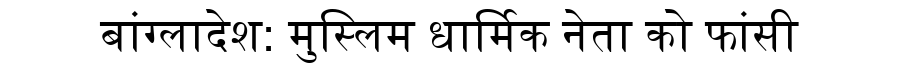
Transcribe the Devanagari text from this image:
बांग्लादेश: मुस्लिम धार्मिक नेता को फांसी